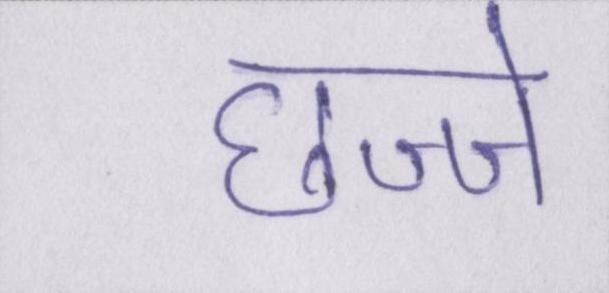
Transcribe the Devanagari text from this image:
छज्जे